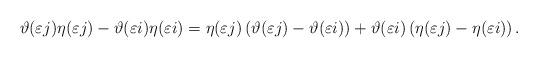
LaTeX: \begin{align*}\vartheta(\varepsilon j)\eta(\varepsilon j)-\vartheta(\varepsilon i)\eta(\varepsilon i) = \eta(\varepsilon j) \left(\vartheta(\varepsilon j)-\vartheta(\varepsilon i) \right) + \vartheta(\varepsilon i) \left(\eta(\varepsilon j) -\eta(\varepsilon i) \right).\end{align*}